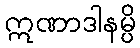
ဣဏာဒါနမ္ပိ